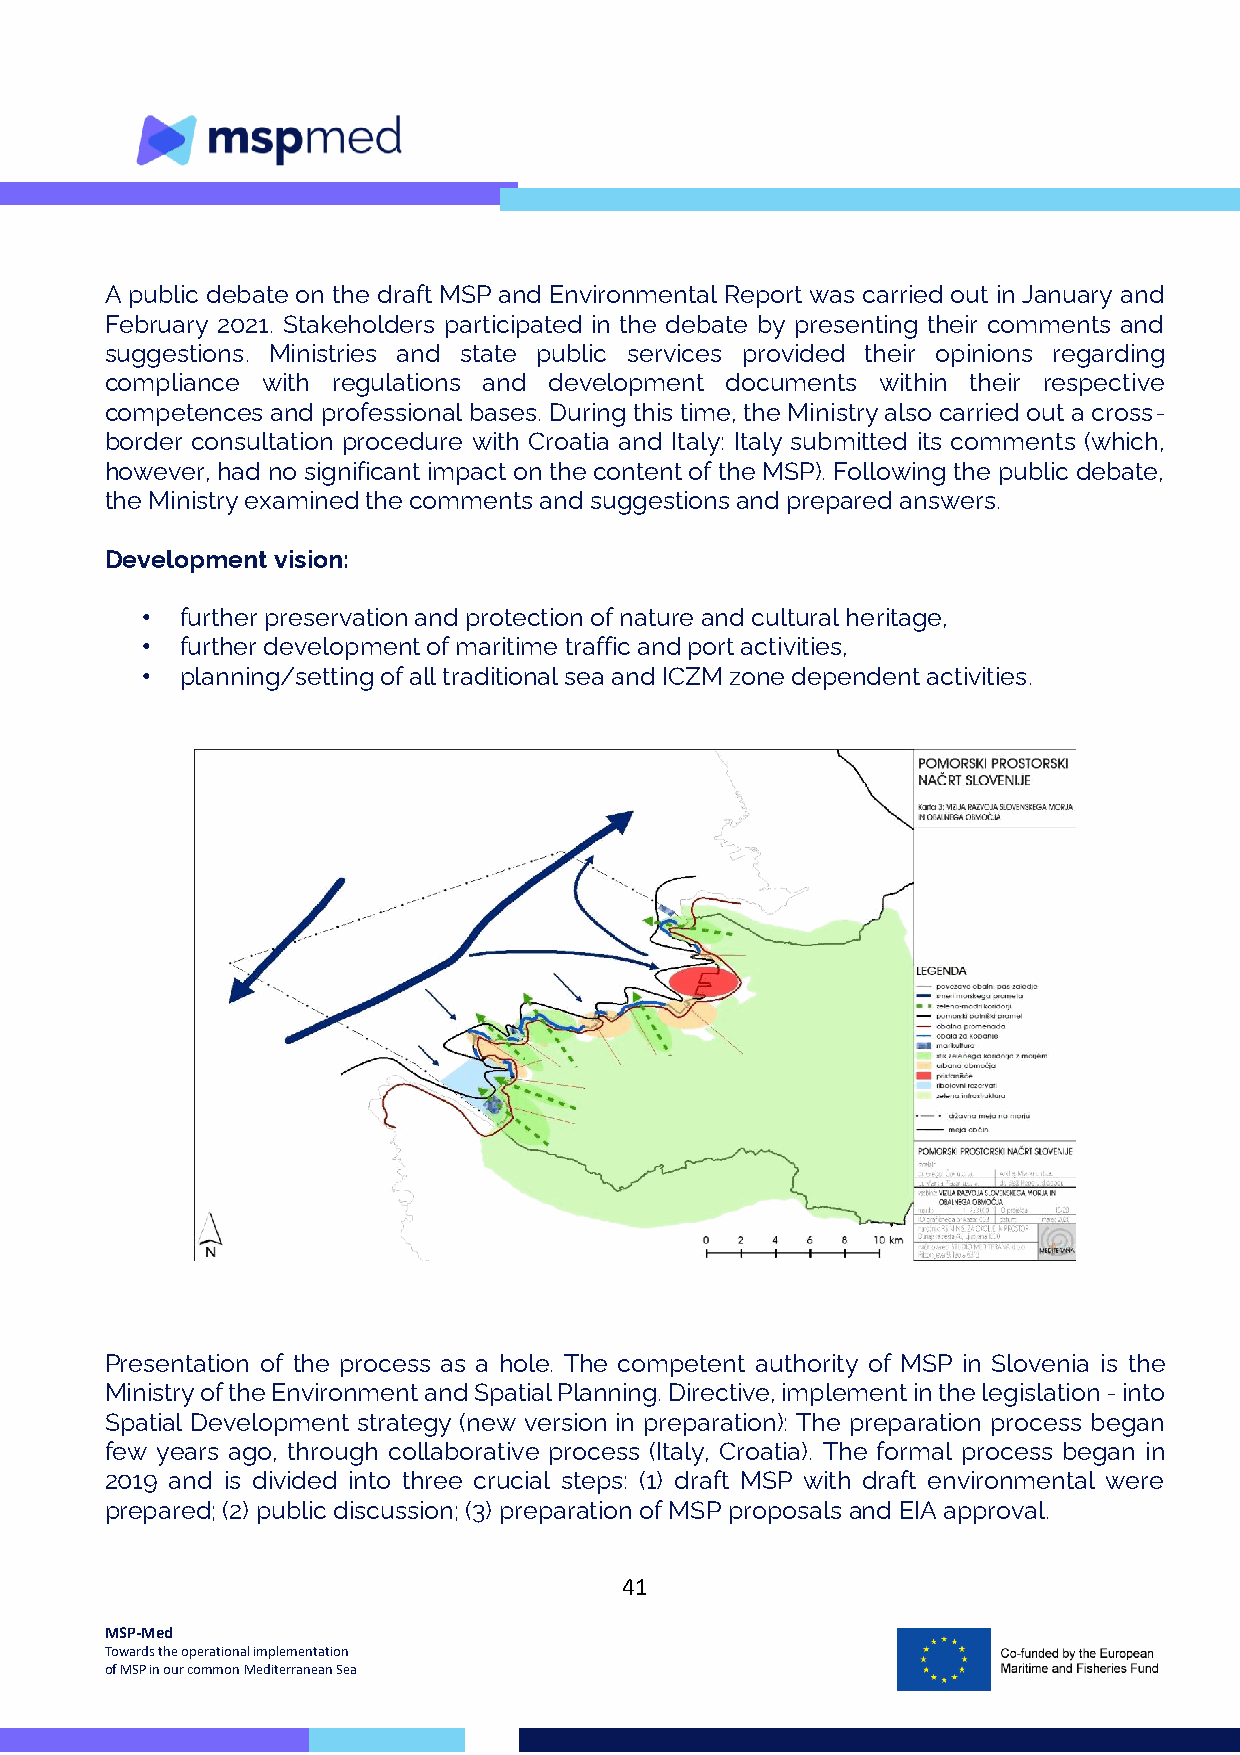
A public debate on the draft MSP and Environmental Report was carried out in January and
 February 2021. Stakeholders participated in the debate by presenting their comments and
 suggestions. Ministries and state public services provided their opinions regarding
 compliance with regulations and development documents within their respective
 competences and professional bases. During this time, the Ministry also carried out a cross-
 border consultation procedure with Croatia and Italy: Italy submitted its comments (which,
 however, had no significant impact on the content of the MSP). Following the public debate,
 the Ministry examined the comments and suggestions and prepared answers.
 Development vision:
 •  further preservation and protection of nature and cultural heritage,
 •  further development of maritime traffic and port activities,
 •  planning/setting of all traditional sea and ICZM zone dependent activities.
 Presentation of the process as a hole. The competent authority of MSP in Slovenia is the
 Ministry of the Environment and Spatial Planning. Directive, implement in the legislation - into
 Spatial Development strategy (new version in preparation): The preparation process began
 few years ago, through collaborative process (Italy, Croatia). The formal process began in
 2019 and is divided into three crucial steps: (1) draft MSP with draft environmental were
 prepared; (2) public discussion; (3) preparation of MSP proposals and EIA approval.
 41
 MSP-Med
 Towards the operational implementation
 of MSP in our common Mediterranean Sea